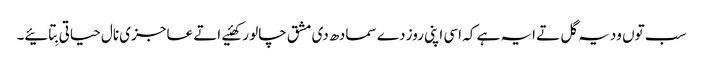
سب توں ودیہ گل تے ایہ ہے کہ اسی اپنی روز دے سمادھ دی مشق چالو رکھئیے اتے عاجزی نال حیاتی بِتائیے۔